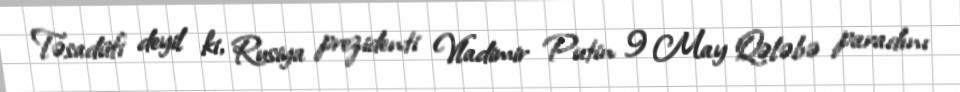
Təsadüfi deyil ki, Rusiya prezidenti Vladimir Putin 9 May Qələbə paradını